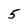
Character: 5